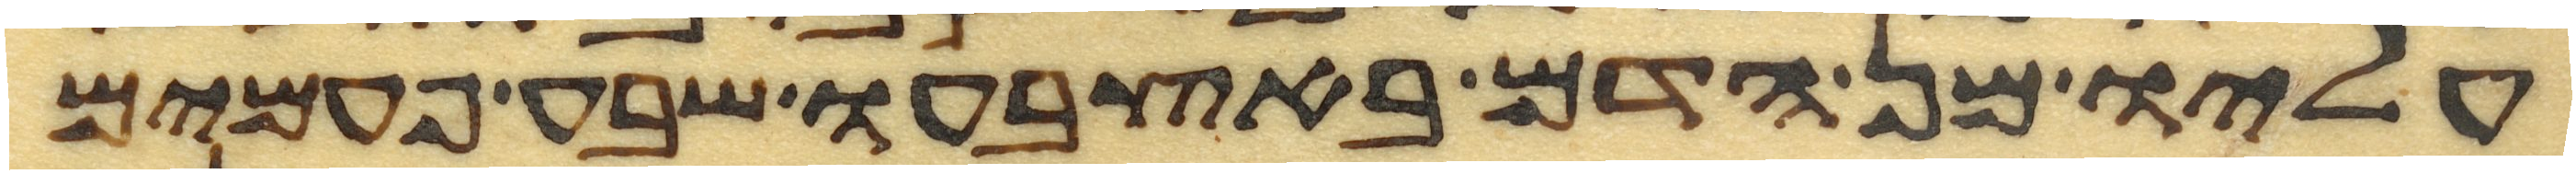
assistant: עליו מן הדם באצבעו שבע פעמים